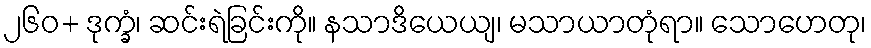
၂၆၀+ ဒုက္ခံ၊ ဆင်းရဲခြင်းကို။ နသာဒိယေယျ၊ မသာယာတုံရာ။ သောဟေတု၊